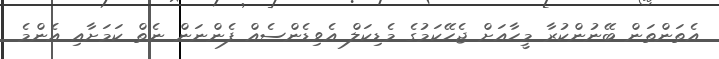
އެތަންތަން ބޭނުންކުރާ މީހާއަށް ޖެހޭކަމުގެ މެޑިކަލް އެވިޑެންސެއް ފެންނަން ނެތް ކަމަށާއި އެންމެ